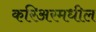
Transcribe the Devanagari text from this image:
करिअरमधील